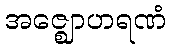
အဇ္ဈောဟရဏံ